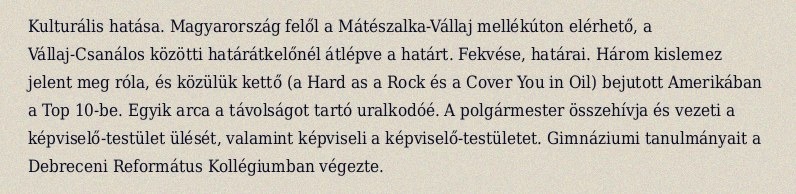
Kulturális hatása. Magyarország felől a Mátészalka-Vállaj mellékúton elérhető, a Vállaj-Csanálos közötti határátkelőnél átlépve a határt. Fekvése, határai. Három kislemez jelent meg róla, és közülük kettő (a Hard as a Rock és a Cover You in Oil) bejutott Amerikában a Top 10-be. Egyik arca a távolságot tartó uralkodóé. A polgármester összehívja és vezeti a képviselő-testület ülését, valamint képviseli a képviselő-testületet. Gimnáziumi tanulmányait a Debreceni Református Kollégiumban végezte.